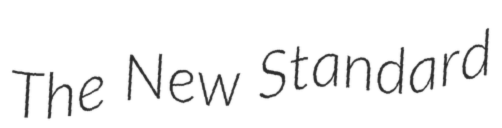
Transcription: The New Standard